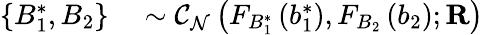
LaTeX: \begin{array}{rl}{\left\{ B_{1}^{\ast},B_{2}\right\} }&{{}\sim\mathcal{C}_{\mathcal{N}}\left(F_{B_{1}^{\ast}}\left(b_{1}^{\ast}\right),F_{B_{2}}\left(b_{2}\right);\mathbf{R}\right)}\end{array}